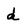
Character: d